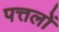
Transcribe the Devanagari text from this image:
पत्तलों